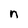
Character: n